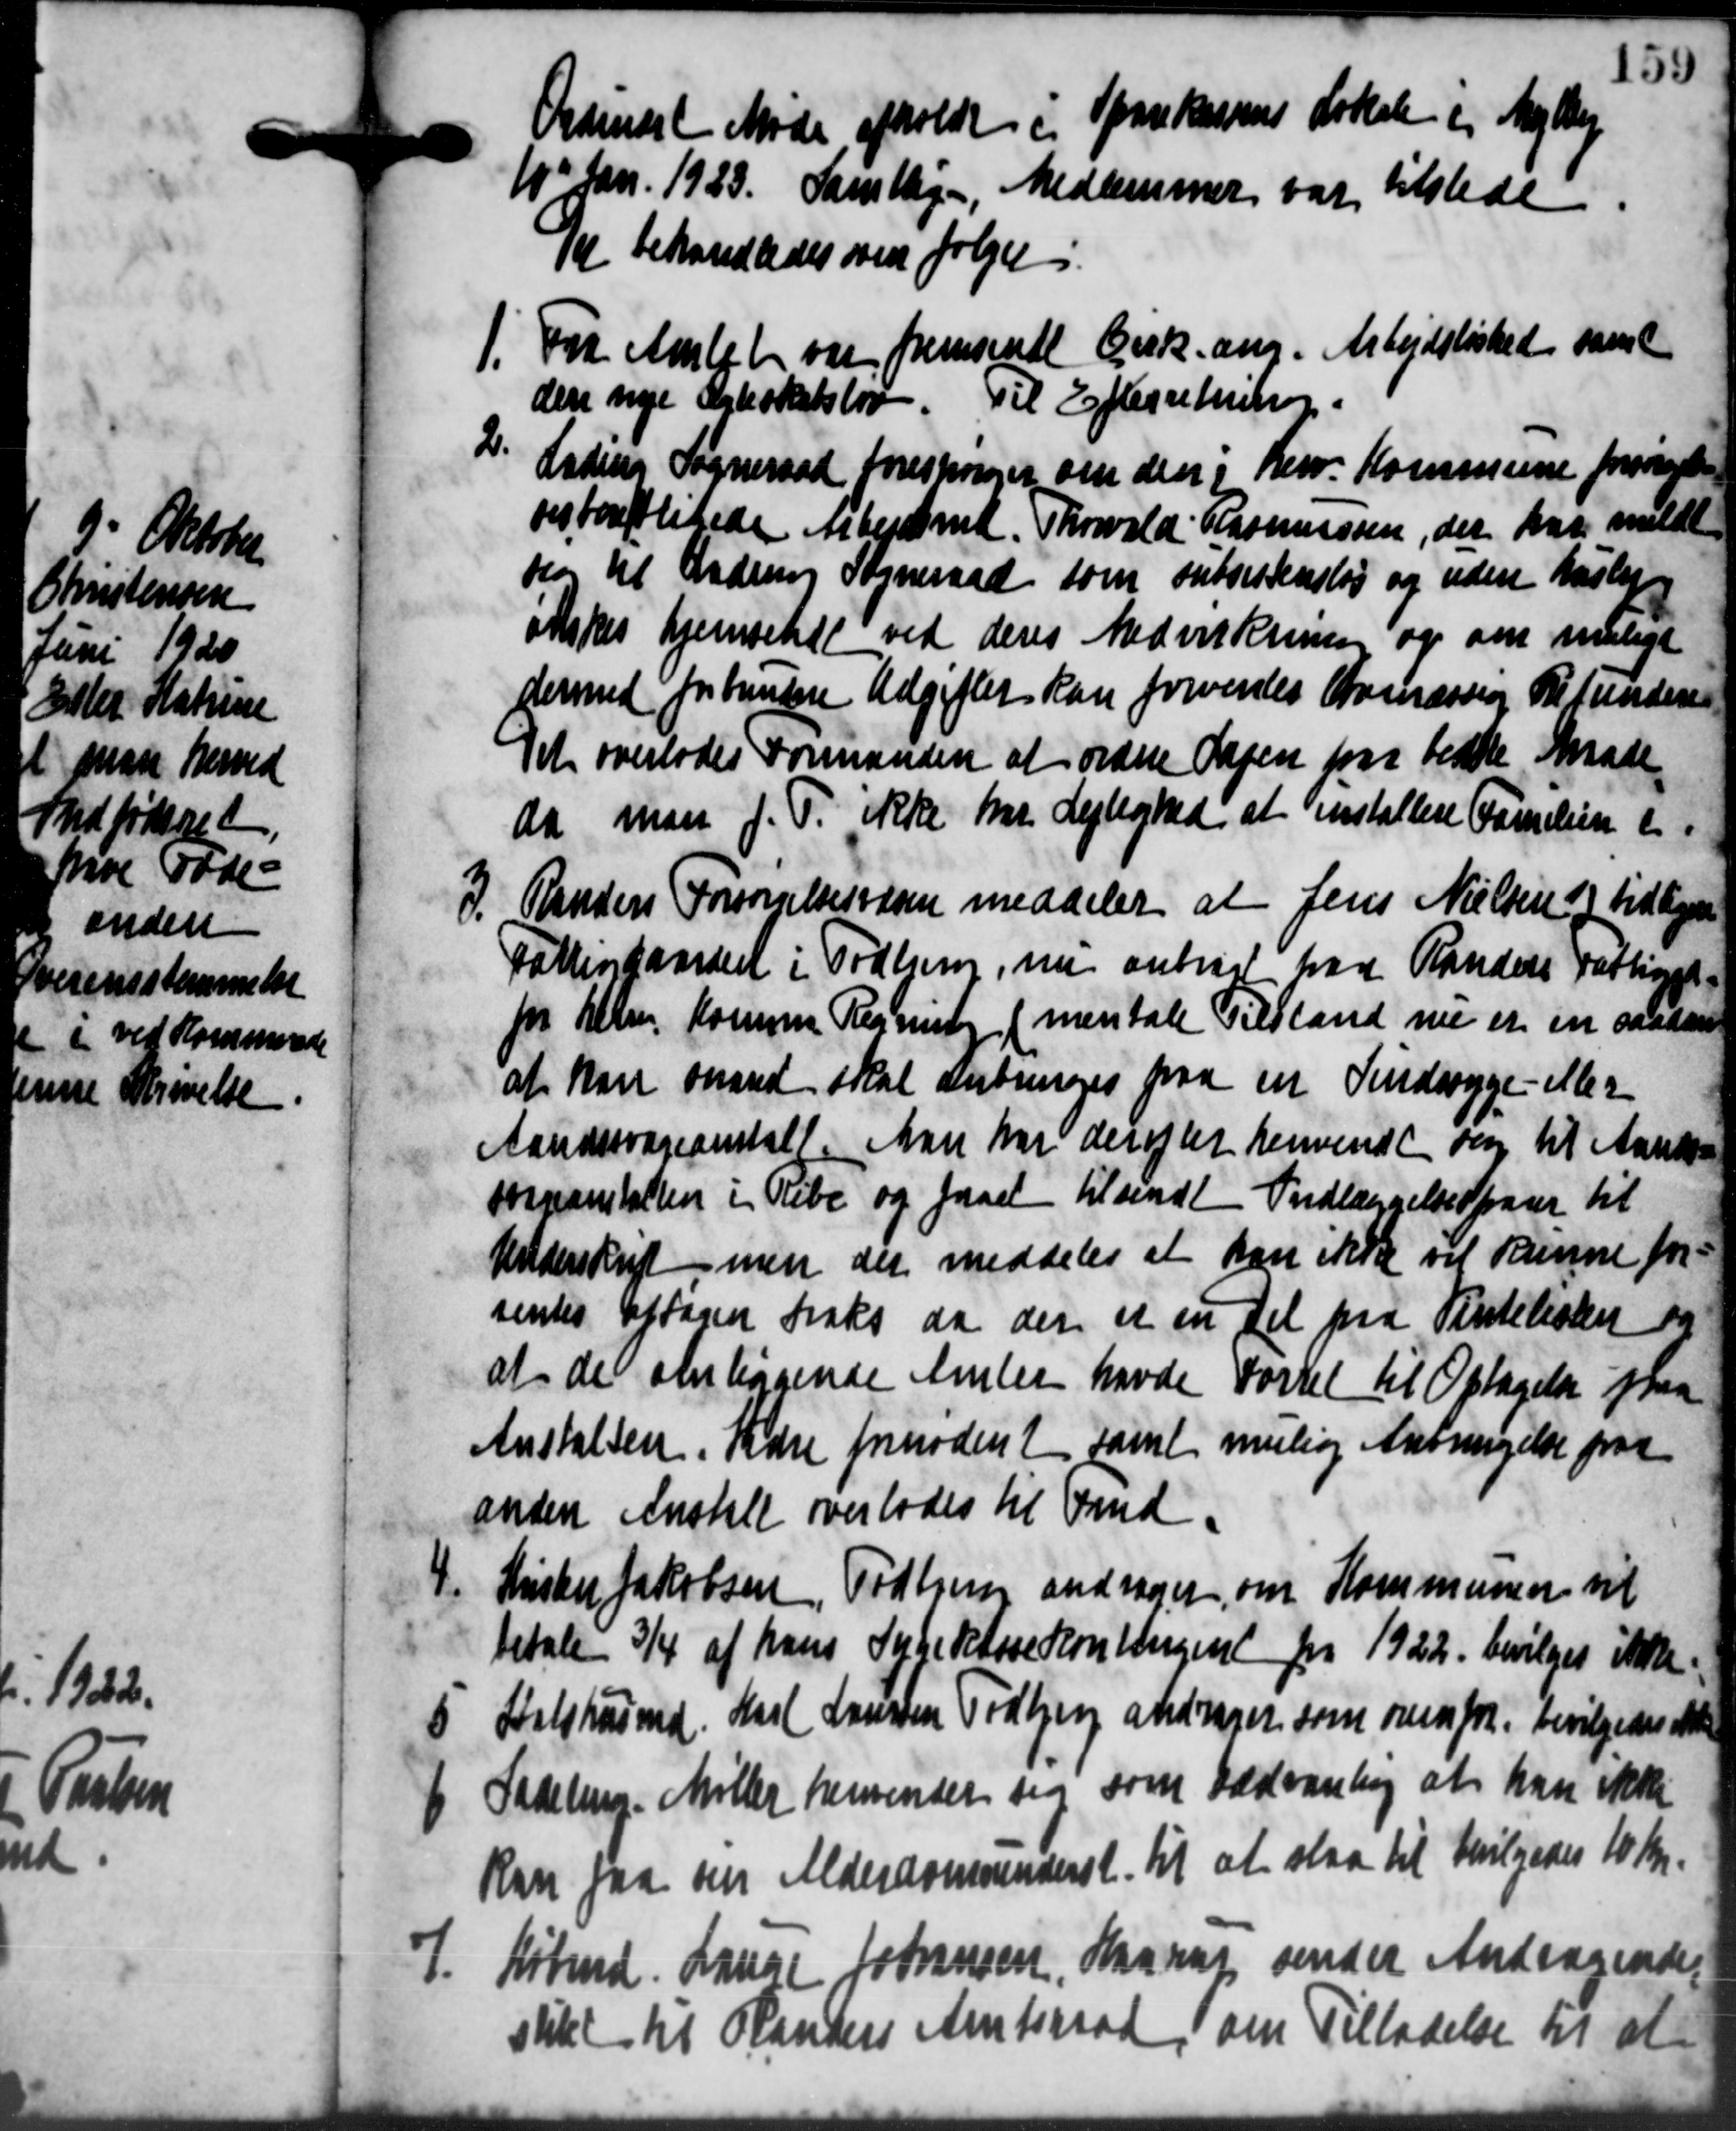
Transskription:
Ordinært Møde afholdt i Sparekassens Lokale i Mejlby
10' Jan. 1923. Samtlige Medlemmer var tilstede.
Det behandledes som følger i
1. Fra Amtet var fremsendt Cirk. ang. Arbejdsløshed samt
1. Fra Amtet var fremsendt Cirk. ang. Arbejdsløshed samt
den nye Ærbokatsløv Til Efterretning.
2.
Lading Sogneraad forespørger om den i herv. Kommune forsørgel
vesterligede Arbejdsmd. Thorvald Rasmussen, der har meldt
sig til Ændring Sogneraad som subsistensløs og uden Hasleje
økskes hjemsetet ved deres Medvirkning og om muligt
dermed forbundere Udgifter kan forventes Armæssig Refundersen
Det overlodes Formanden at ordne Sagen paa bedte Møde
da man J. T. ikke har Lejlighed at installere Familien i
3. Randers Forsørgelsesvæsen meddeler at Jens Nielsen tidligere
3. Randers Forsørgelsesvæsen meddeler at Jens Nielsen tidligere
Fattiggaardet i Todbjerg, nu anbragt paa Randers Fattiget
for Alle Komm Regning ( mentale Tilstand nu er en saadan
at kan maaned skal anbringes paa en Sindssyge- eller
Aandssvageanstalt Man har derefter henvendt sig til Aarets-
Sorgeanstalten i Ribe og faaet tilsendt Indlæggelsesparer til
Underskrift men der meddeles at kan ikke vil kunne for
sentes optagen traks da der er en del paa Vintelisten og
at de antagende Amtet havde Førsel til Optagelse paa
Anstalten. Sare fornødent samt mulig Anbringelse paa
anden Anstalt overlodes til Fmd.
4. Kister Jakobsen, Todten andrager om Kommunen til
4. Kister Jakobsen, Todten andrager om Kommunen til
betale 3/4 af hans Sygekassekontingent fra 1922. bevilges ikke
 Statshusmd. Harl Laursen Todbjerg andrager som ovenfor bevilgedes ikke
 Statshusmd. Harl Laursen Todbjerg andrager som ovenfor bevilgedes ikke

Sadeling. Møller henvender sin som sædvanling at han ikke
Kan faa sin Alderdomsunderst til at staa til bevilgedes 10 Kr.
1. Købmd. Lauge Johnsen, Haarup sender Andragende
1. Købmd. Lauge Johnsen, Haarup sender Andragende
stiket til Handers Amtsraad, om Tilladelse til at